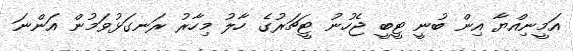
އަމީނިއްޔާ އިން ބުނީ ޓީބީ ޖެހުނު ޓީޗަރުގެ ހާލު މިހާރު ރަނގަޅުވަމުން އަންނަ